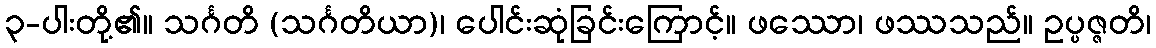
၃-ပါးတို့၏။ သင်္ဂတိ (သင်္ဂတိယာ)၊ ပေါင်းဆုံခြင်းကြောင့်။ ဖဿော၊ ဖဿသည်။ ဥပ္ပဇ္ဇတိ၊